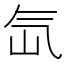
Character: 氙